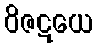
ဝိဇဋယေ